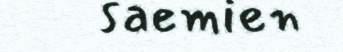
saemien